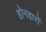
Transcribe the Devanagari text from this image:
होनहारों